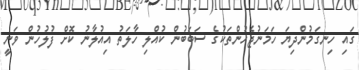
ގައި ހިނގަމުންދިޔަ ހަމަނުޖެހުންތަކުގެ ސަބަބުން ކުއްލި ހާލަތު އިއުލާނު ކޮށް ފުލުހުން ވަނީ